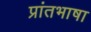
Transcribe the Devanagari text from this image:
प्रांतभाषा